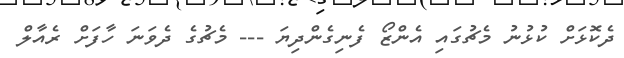
ދެކޮޅަށް ކުޅުނު މެޗުގައި އެންޒޯ ފެނިގެންދިޔަ --- މެޗުގެ ދެވަނަ ހާފަށް ރެއާލް